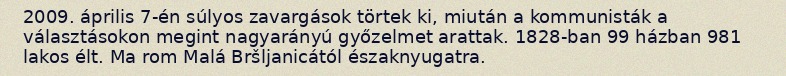
2009. április 7-én súlyos zavargások törtek ki, miután a kommunisták a választásokon megint nagyarányú győzelmet arattak. 1828-ban 99 házban 981 lakos élt. Ma rom Malá Bršljanicától északnyugatra.